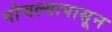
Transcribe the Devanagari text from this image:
पोचल्यापासून